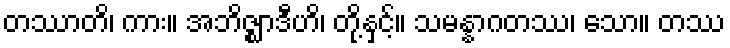
တဿာတိ၊ ကား။ အဘိဇ္ဈာဒီဟိ၊ တို့နှင့်။ သမန္နာဂတဿ၊ သော။ တဿ